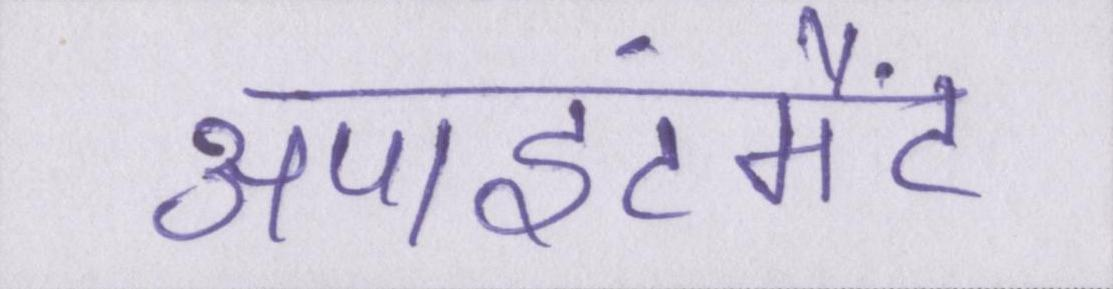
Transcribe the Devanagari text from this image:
अपाइंटमैंट